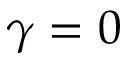
\gamma = 0